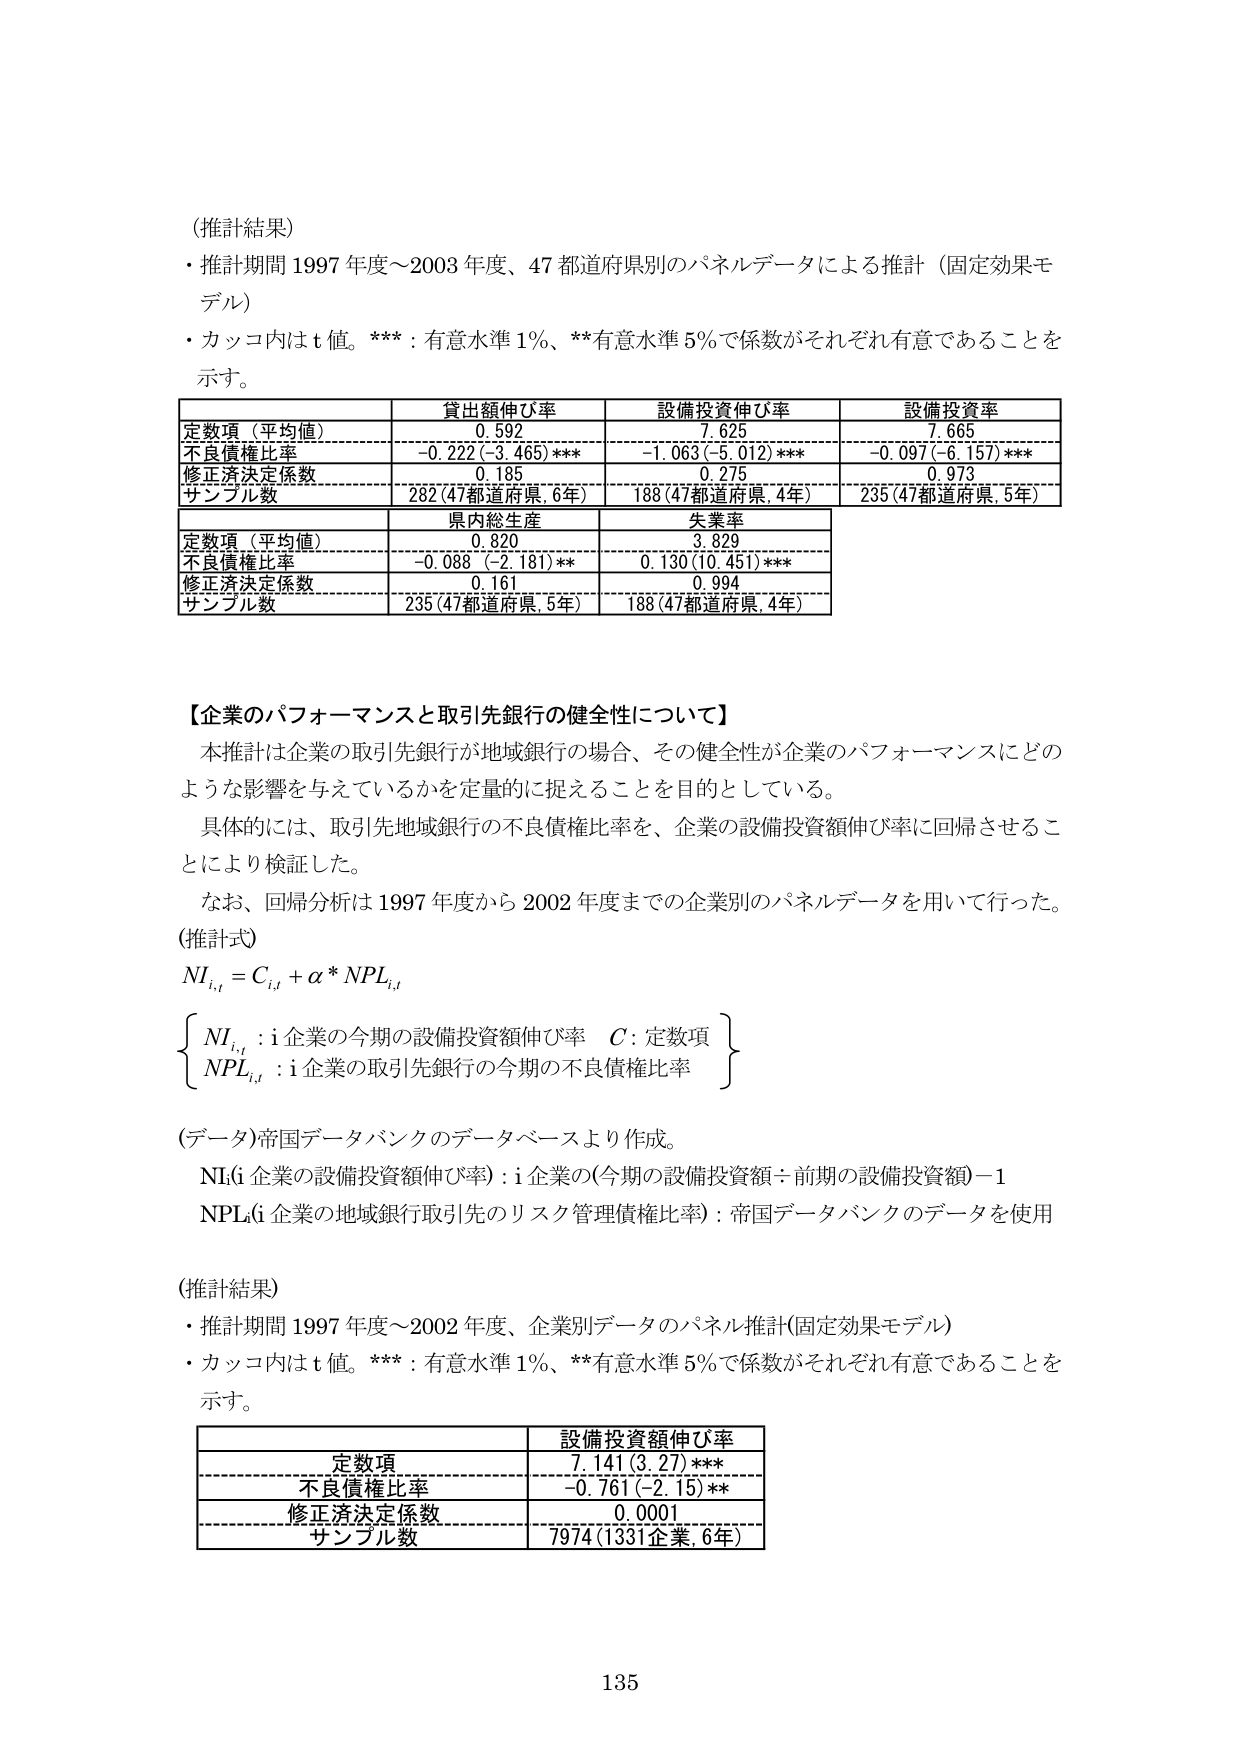
(推計結果)
・推計期間 1997年度～2003年度、47都道府県別のパネルデータによる推計（固定効果モデル）
・カッコ内はt値。***：有意水準1％、**有意水準5％で係数がそれぞれ有意であることを示す。

| | 貸出額伸び率 | 設備投資伸び率 | 設備投資率 |
|---|---|---|---|
| 定数項（平均値） | 0.592 | 7.625 | 7.665 |
| 不良債権比率 | -0.222 (-3.465)*** | -1.063 (-5.012)*** | -0.097 (-6.157)*** |
| 修正済決定係数 | 0.185 | 0.275 | 0.973 |
| サンプル数 | 282 (47都道府県, 6年) | 188 (47都道府県, 4年) | 235 (47都道府県, 5年) |

| | 県内総生産 | 失業率 |
|---|---|---|
| 定数項（平均値） | 0.820 | 3.829 |
| 不良債権比率 | -0.088 (-2.181)** | 0.130 (10.451)*** |
| 修正済決定係数 | 0.161 | 0.994 |
| サンプル数 | 235 (47都道府県, 5年) | 188 (47都道府県, 4年) |

【企業のパフォーマンスと取引先銀行の健全性について】
本推計は企業の取引先銀行が地域銀行の場合、その健全性が企業のパフォーマンスにどのような影響を与えているかを定量的に捉えることを目的としている。
具体的には、取引先地域銀行の不良債権比率を、企業の設備投資額伸び率に回帰させることにより検証した。
なお、回帰分析は1997年度から2002年度までの企業別のパネルデータを用いて行った。

(推計式)
NI<sub>i,t</sub> = C<sub>i,t</sub> + α * NPL<sub>i,t</sub>

{
NI<sub>i,t</sub> : i企業の今期の設備投資額伸び率　C : 定数項
NPL<sub>i,t</sub> : i企業の取引先銀行の今期の不良債権比率
}

(データ) 帝国データバンクのデータベースより作成。
NI(i企業の設備投資額伸び率) : i企業の(今期の設備投資額 ÷ 前期の設備投資額) - 1
NPL(i企業の地域銀行取引先のリスク管理債権比率) : 帝国データバンクのデータを使用

(推計結果)
・推計期間 1997年度～2002年度、企業別データのパネル推計(固定効果モデル)
・カッコ内はt値。***：有意水準1％、**有意水準5％で係数がそれぞれ有意であることを示す。

| | 設備投資額伸び率 |
|---|---|
| 定数項 | 7.141 (3.27)*** |
| 不良債権比率 | -0.761 (-2.15)** |
| 修正済決定係数 | 0.0001 |
| サンプル数 | 7974 (1331企業, 6年) |

135